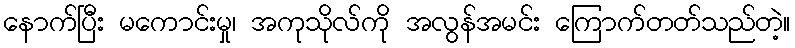
နောက်ပြီး မကောင်းမှု၊ အကုသိုလ်ကို အလွန်အမင်း ကြောက်တတ်သည်တဲ့။